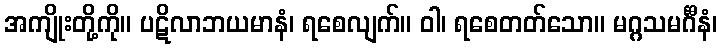
အကျိုးတို့ကို။ ပဋိလာဘယမာနံ၊ ရစေလျက်။ ဝါ၊ ရစေတတ်သော။ မဂ္ဂသမင်္ဂီနံ၊